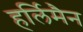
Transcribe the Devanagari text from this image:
हर्लिमैन